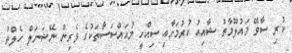
ކުރި ސާވޭ މައުލޫމާތު ޝާއިއު ކުރުމަށާއި ސިއްހީ މުއައްސަސާތަކުގެ ވެރިން ނޭޝަނަލް ހެލްތު